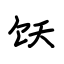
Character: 饫